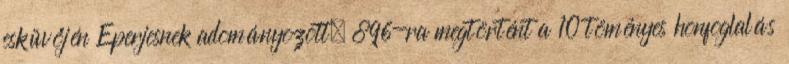
esküvőjén Eperjesnek adományozott. 896-ra megtörtént a 10 töményes honfoglalás